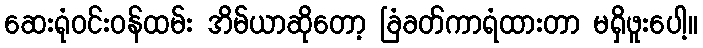
ဆေးရုံဝင်းဝန်ထမ်း အိမ်ယာဆိုတော့ ခြံခတ်ကာရံထားတာ မရှိဖူးပေါ့။